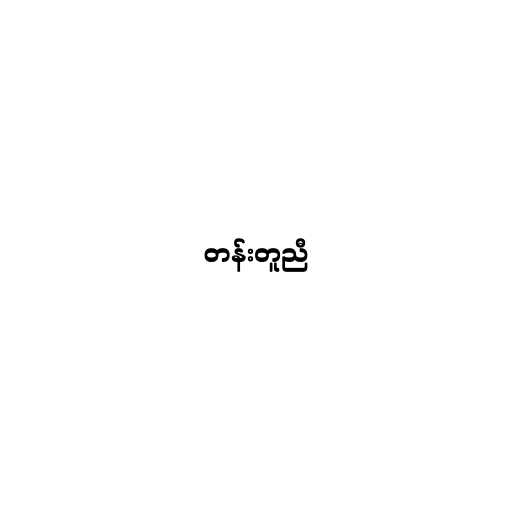
တန်းတူညီ